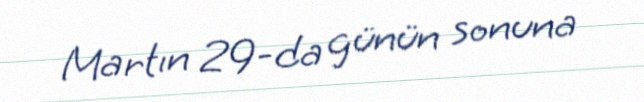
Martın 29-da günün sonuna